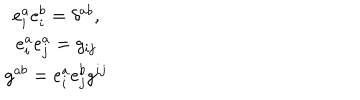
\begin{array} { c } { { e _ { i } ^ { a } e _ { i } ^ { b } = \delta ^ { a b } , } } \\ { { e _ { i } ^ { a } e _ { j } ^ { a } = g _ { i j } } } \\ { { g ^ { a b } = e _ { i } ^ { a } e _ { j } ^ { b } g ^ { i j } } } \\ \end{array}